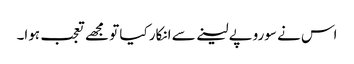
اس نے سوروپے لینے سے انکار کیا تو مجھے تعجب ہوا۔